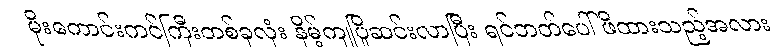
မိုးကောင်းကင်ကြီးတစ်ခုလုံး နိမ့်ကျပြိုဆင်းလာပြီး ရင်ဘတ်ပေါ် ဖိထားသည့်အလား